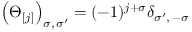
\left( \Theta _ { [ j ] } \right) _ { \sigma , \, \sigma ^ { \prime } } = ( - 1 ) ^ { j + \sigma } \delta _ { \sigma ^ { \prime } , \, - \sigma }